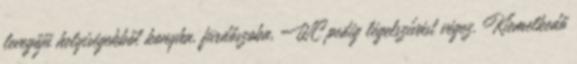
levegőjű helyiségekből konyha, fürdőszoba, WC pedig légelszívást végez. Kiemelkedő